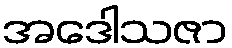
အဒေါသဇာ